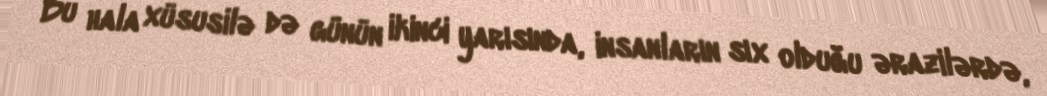
Bu hala xüsusilə də günün ikinci yarısında, insanların sıx olduğu ərazilərdə,